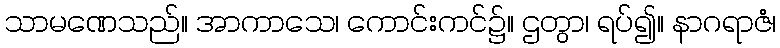
သာမဏေသည်။ အာကာသေ၊ ကောင်းကင်၌။ ဌတွာ၊ ရပ်၍။ နာဂရာဇံ၊